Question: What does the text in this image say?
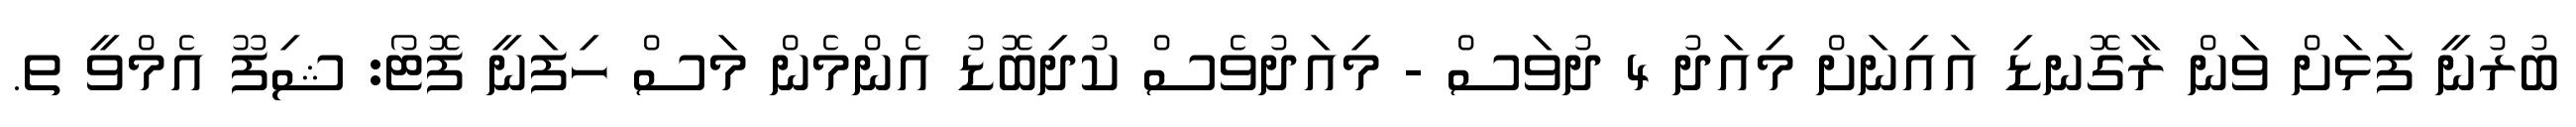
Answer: ބުރުނީ ފަޅަށް ވަން ރާގޮނޑި އައިނަށް މިއަދު 4 ދުވަސް - މިއަދުވެސް ކުދިބޮޑު އެންމެން މަސް ހިފަނީ ފޮޓޯ: ޝިފޫ އެމްވީ ތ.